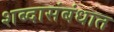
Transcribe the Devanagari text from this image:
शब्दासंबंधात